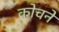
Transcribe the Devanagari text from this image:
कोचने